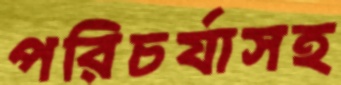
পরিচর্যাসহ